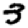
Digit: 3